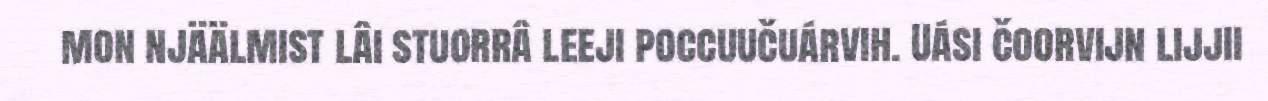
mon njäälmist lâi stuorrâ leeji poccuučuárvih. Uási čoorvijn lijjii